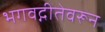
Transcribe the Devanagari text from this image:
भगवद्गीतेवरून